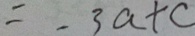
= - 3 a + c